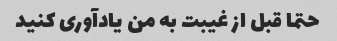
حتما قبل از غیبت به من یادآوری کنید